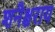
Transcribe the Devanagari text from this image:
शनैश्चराय